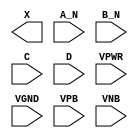
module sky130_fd_sc_lp__and4bb (
    X   ,
    A_N ,
    B_N ,
    C   ,
    D   ,
    VPWR,
    VGND,
    VPB ,
    VNB
);

    output X   ;
    input  A_N ;
    input  B_N ;
    input  C   ;
    input  D   ;
    input  VPWR;
    input  VGND;
    input  VPB ;
    input  VNB ;
endmodule